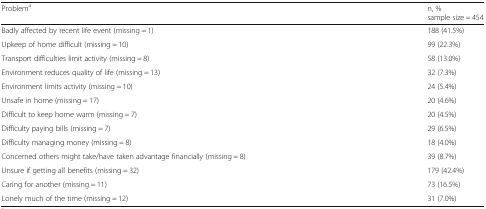
| Problema | n, %sample size = 454 |
 | --- | --- |
 | Badly affected by recent life event (missing = 1) | 188 (41.5%) |
 | Upkeep of home difficult (missing = 10) | 99 (22.3%) |
 | Transport difficulties limit activity (missing = 8) | 58 (13.0%) |
 | Environment reduces quality of life (missing = 13) | 32 (7.3%) |
 | Environment limits activity (missing = 10) | 24 (5.4%) |
 | Unsafe in home (missing = 17) | 20 (4.6%) |
 | Difficult to keep home warm (missing = 7) | 20 (4.5%) |
 | Difficulty paying bills (missing = 7) | 29 (6.5%) |
 | Difficulty managing money (missing = 8) | 18 (4.0%) |
 | Concerned others might take/have taken advantage financially (missing = 8) | 39 (8.7%) |
 | Unsure if getting all benefits (missing = 32) | 179 (42.4%) |
 | Caring for another (missing = 11) | 73 (16.5%) |
 | Lonely much of the time (missing = 12) | 31 (7.0%) |